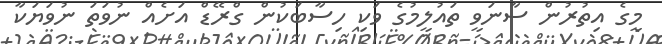
މީގެ އިތުރުން ސާނަވީ ތައުލީމުގެ ވަކި ހިސާބަކުން ގްރޭޑް އަށެއް ނުވަތަ ނުވަޔަކާ